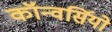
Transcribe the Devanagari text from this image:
कॉन्वर्सियो